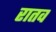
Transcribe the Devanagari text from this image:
रातव